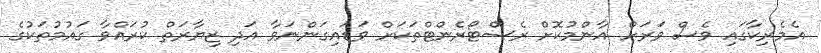
އެމެރިކާގައި ވެސް ވަރަށް އާންމުކޮށް ރެސްޓޯރެންޓްތަކަށް ވަޑައިގަންނަވާ އަދި ޒިޔާރަތް ކުރައްވާ ގައުމުތަކުގެ